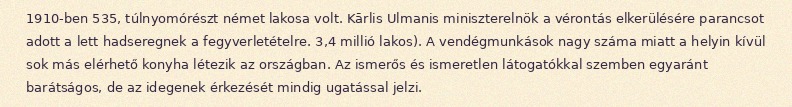
1910-ben 535, túlnyomórészt német lakosa volt. Kārlis Ulmanis miniszterelnök a vérontás elkerülésére parancsot adott a lett hadseregnek a fegyverletételre. 3,4 millió lakos). A vendégmunkások nagy száma miatt a helyin kívül sok más elérhető konyha létezik az országban. Az ismerős és ismeretlen látogatókkal szemben egyaránt barátságos, de az idegenek érkezését mindig ugatással jelzi.